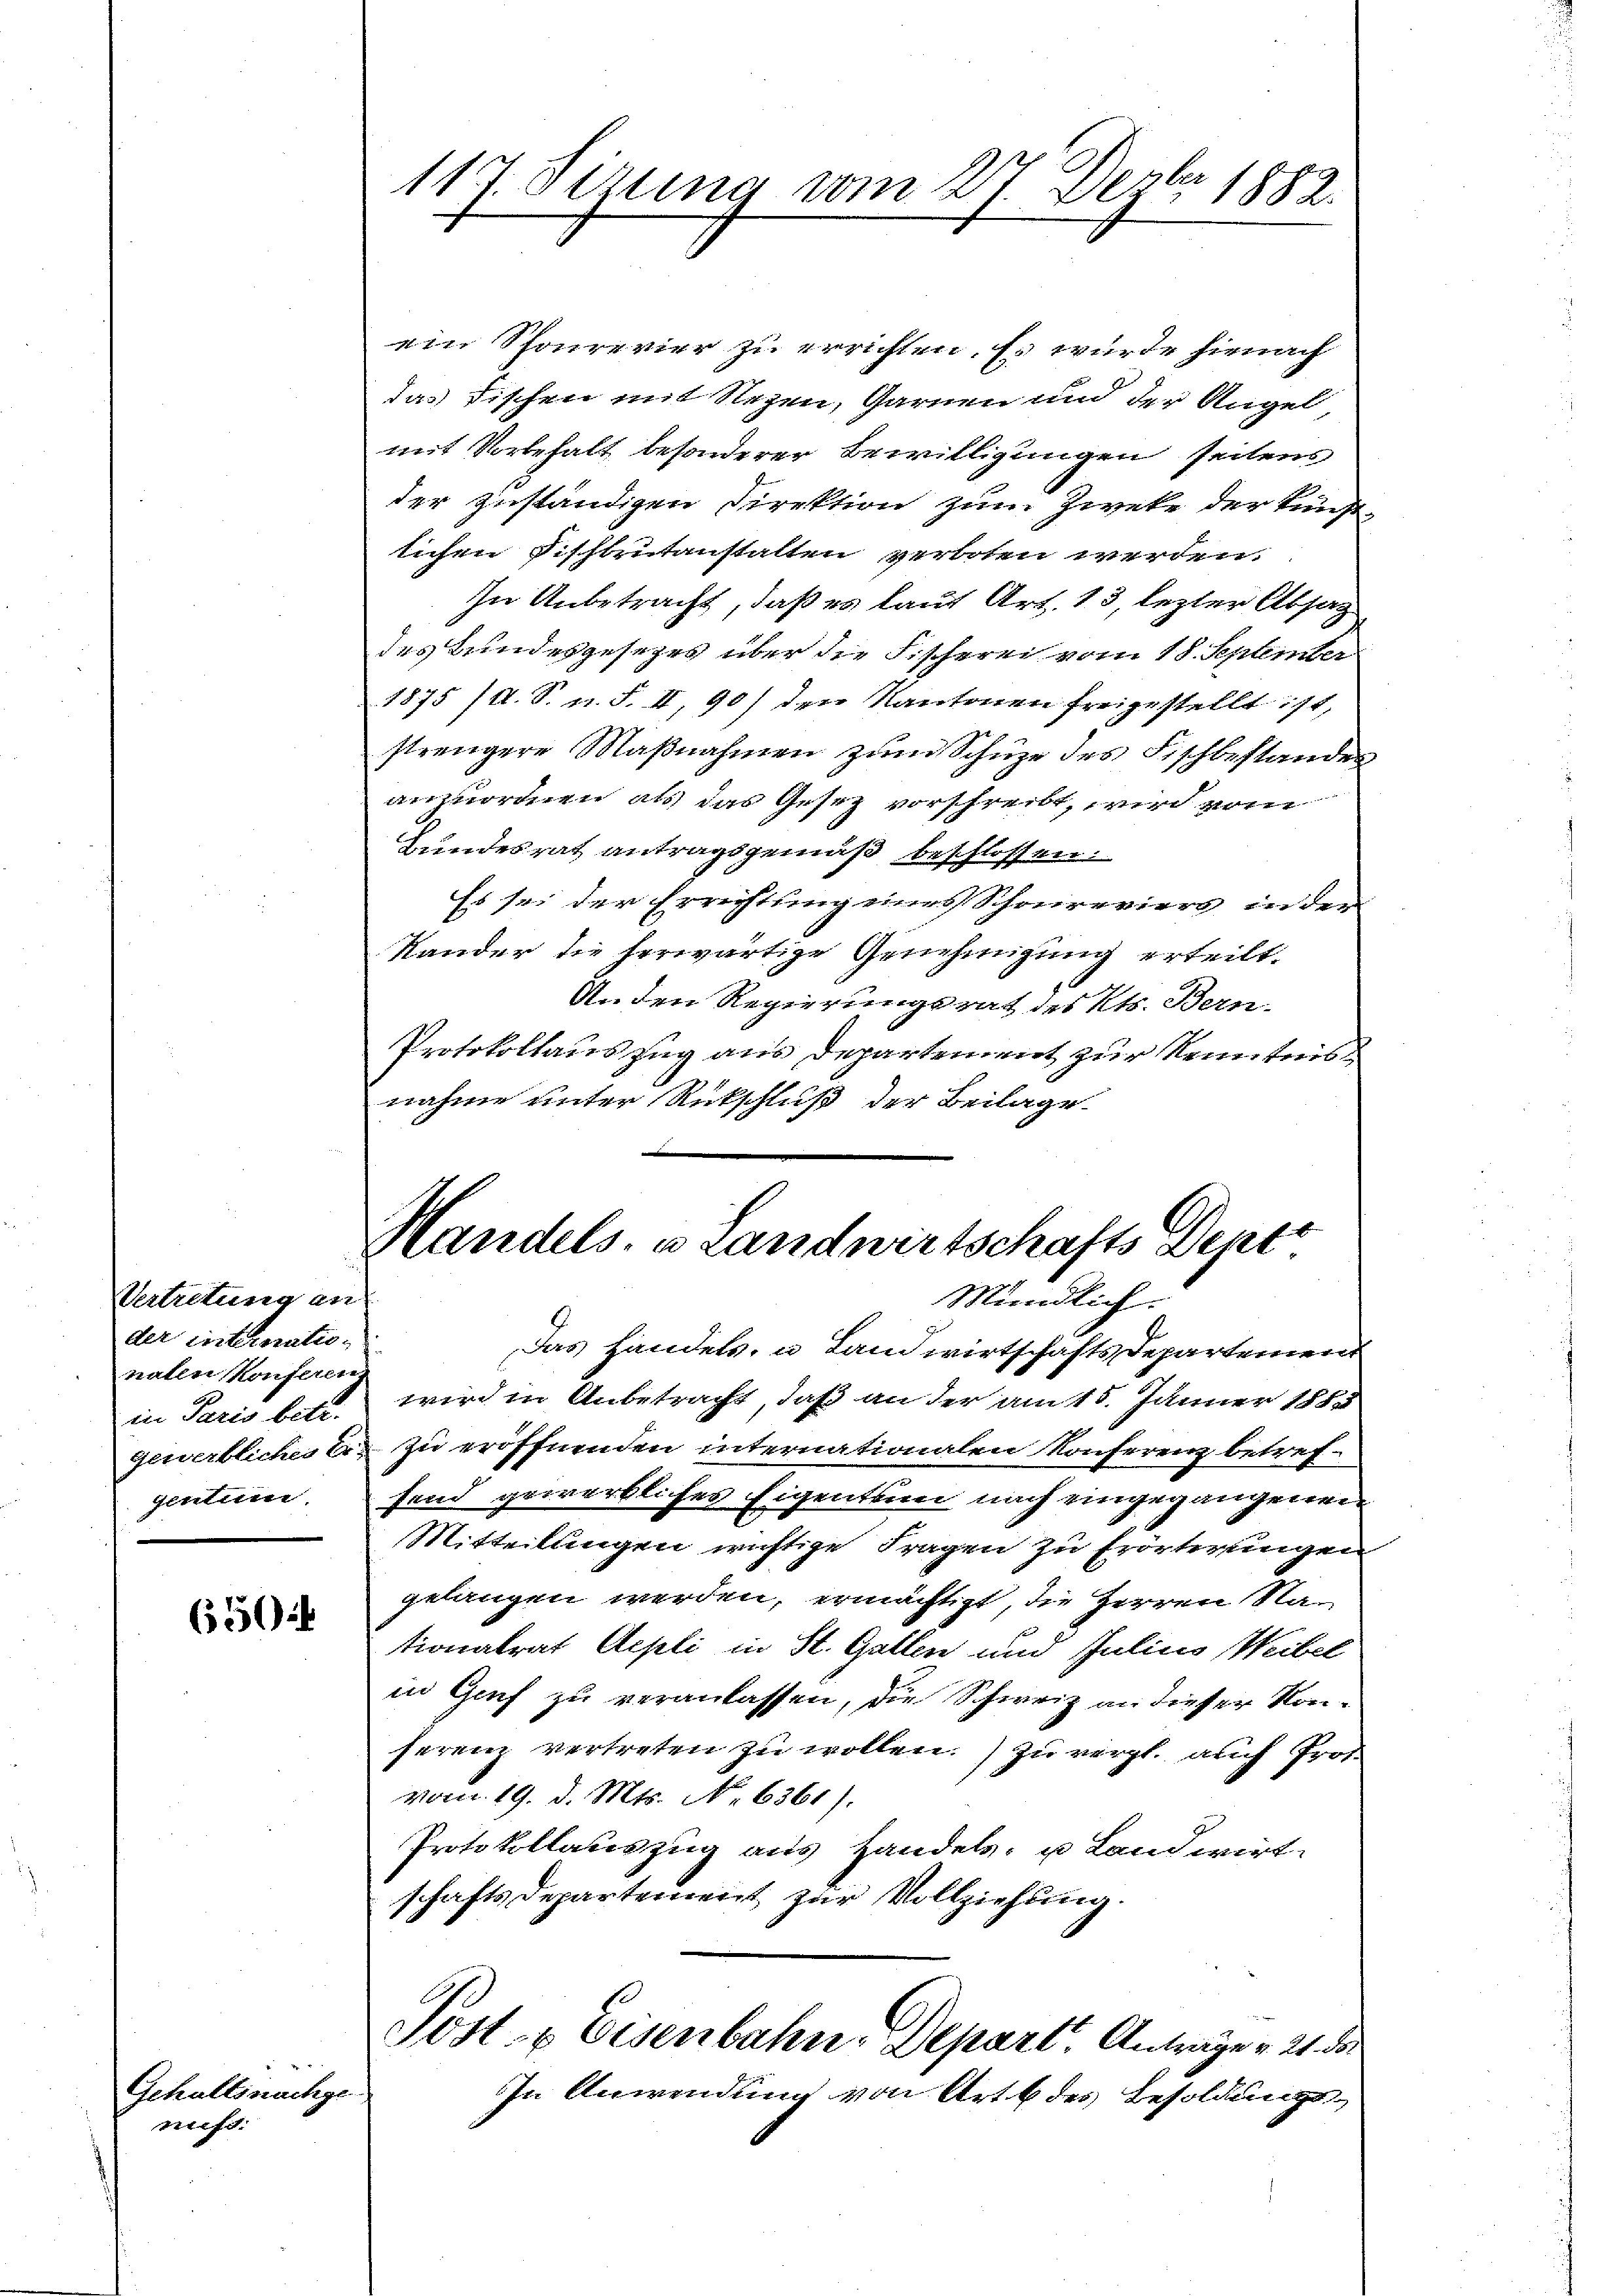
Vertretung an
der internatio
naten Konferen.
in Paris betr.
gewerbliches Er
gentum.

6550)

Gehaltsnachgemes.

117. Sizung vom 27. Dezbr 1883.

ein Schonrevier zu errichten. Es wurde hienach
das Fischen mit Regen, Garnen und der Angel
mit Vorbehalt besonderer Bewilligungen seitens
der zuständigen Direktion zum Zweke der kunde
lichen Fischbrŭtanstalten verboten werden.
In Anbetracht, daß er laut Art. 13, lezter Absag
des Bundesgesezes über die Fischerei vom 18. September
1875 IX. S. n. F. I, 90 den Kantonen freigestellt ist,
strengere Maβnahmen zŭm Schuze des Fischbestandes
anzuordnen als das Gesez vorschreibt, wird vom
Bundesrat antragsgemäß beschlossen.
Es sei der Errichtung eines Schonreviers in der
Rander die herwärtige Genehmigung erteilt.
Anden Regierungsrat des Kts. Bern.
Protokollauszug aus Departement zur Kenntnis-
nahme unter Rückschluß der Beilage
Handels- u Landwirtschafts Depe
Mündlich.
Das Handels, u Landwirtschafts Departement
wird in Anbetracht, daß an der am 15. Jänner 1883
zu eröffnenden internationalen Konferenz betref-
fend gewerkliches Eigentum nach eingegangenen
Mitteilungen wichtige Fragen zu Erörterungen
gelangen werden, ermächtigt, die Herren Na-
tionalrat Appli in St. Gatten und Julius Weibel
in Graf zu veranlassen, die Schweiz an dieser Kon-
ferenz vertreten zu wollen.) zu vergl. auch Prot.
vom 19. d. Mts. No 6361).
Protokollauszug aus Handels- u Landwirt.
schafts Departement zur Vollziehung.
Post u. Eisenbahn-Depart. Anträger 21. da
In Anwendung von Art des Besoldungs-